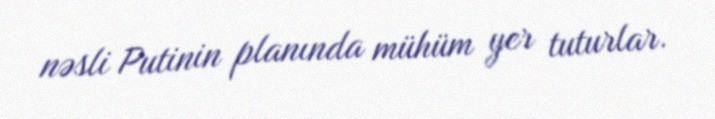
nəsli Putinin planında mühüm yer tuturlar.